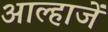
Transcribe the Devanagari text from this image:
आल्हाजें